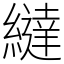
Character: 繨